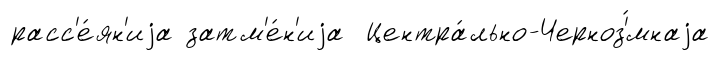
расс'е́ян'иjа затм'е́н'иjа Центра́льно-Черноз'́мнаjа